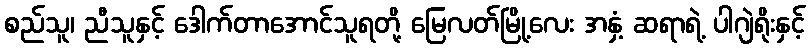
စည်သူ၊ ညီသူနှင့် ဒေါက်တာအောင်သူရတို့ မြေလတ်မြို့လေး အနှံ့ ဆရာရဲ့ ပါဂျဲရိုးနှင့်